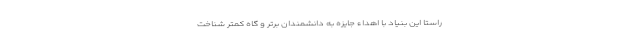
راستا این بنیاد با اهداء جایزه به دانشمندان برتر و گاه کمتر شناخت